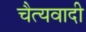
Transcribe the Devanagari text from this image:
चैत्यवादी